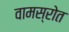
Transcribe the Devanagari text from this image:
वामस्रोत